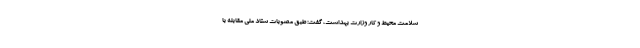
سلامت محیط و کار وزارت بهداشت، گفت: طبق مصوبات ستاد ملی مقابله با